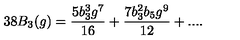
3 8 B _ { 3 } ( g ) = \frac { 5 b _ { 3 } ^ { 3 } g ^ { 7 } } { 1 6 } + \frac { 7 b _ { 3 } ^ { 2 } b _ { 5 } g ^ { 9 } } { 1 2 } + . . . .